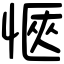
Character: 愜